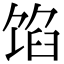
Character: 馅